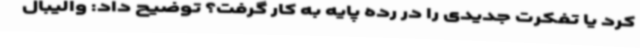
کرد یا تفکرت جدیدی را در رده پایه به کار گرفت؟ توضیح داد: والیبال